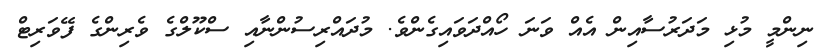
ނިންމީ މުޅި މަދަރުސާއިން އެއް ވަނަ ހޯއްދަވައިގެންވެ. މުދައްރިސުންނާއި ސްކޫލްގެ ވެރިންގެ ފޭވަރިޓް